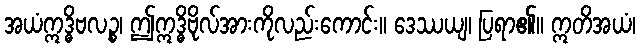
အယံဣဒ္ဓိဗလဉ္စ၊ ဤဣဒ္ဓိဗိုလ်အားကိုလည်းကောင်း။ ဒေဿယျ၊ ပြရာ၏။ ဣတိအယံ၊